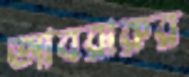
আবরারুর